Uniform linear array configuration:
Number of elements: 24
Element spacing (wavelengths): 0.5
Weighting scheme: hann
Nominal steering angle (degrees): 30
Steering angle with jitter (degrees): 31.756
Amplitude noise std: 0.05
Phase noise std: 0.05

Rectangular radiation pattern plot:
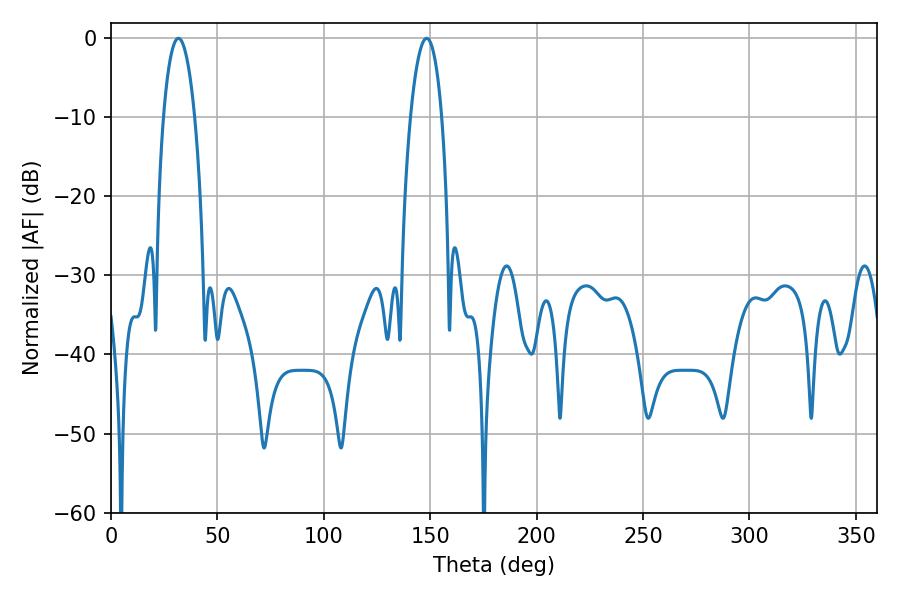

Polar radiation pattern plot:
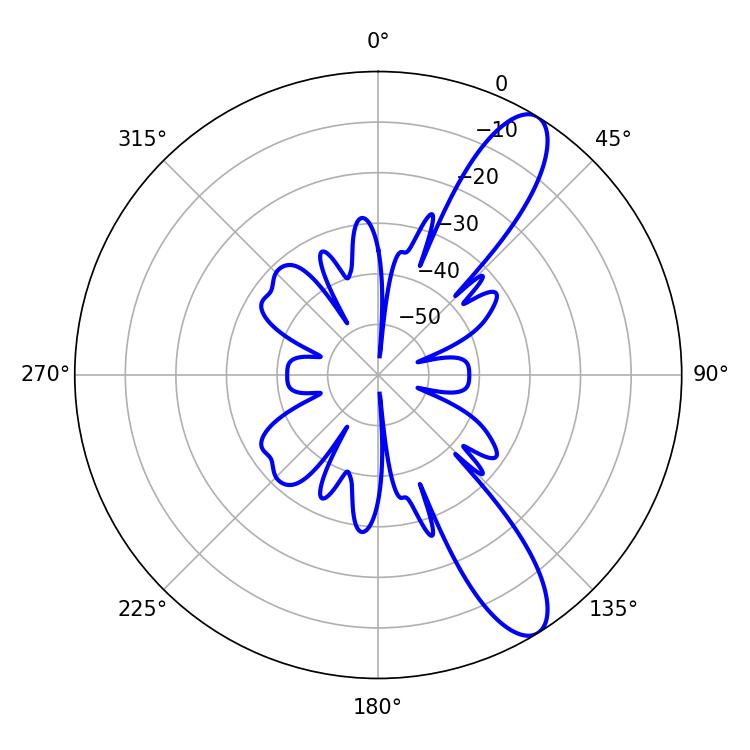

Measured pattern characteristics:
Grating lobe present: FALSE
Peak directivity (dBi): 10.951
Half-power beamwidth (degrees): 8.1
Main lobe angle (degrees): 31.68